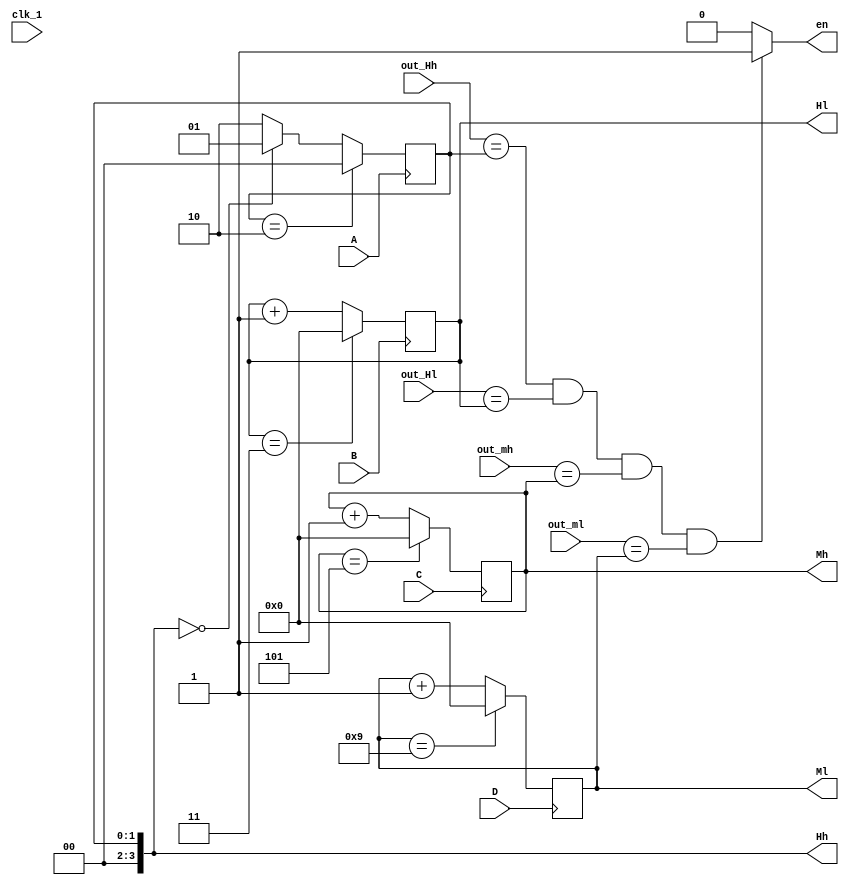
module clock(clk_1,en,out_Hh,out_Hl,out_mh,out_ml,A,B,C,D,Hh,Hl,Mh,Ml);
	input clk_1;
	input[3:0] out_Hh,out_Hl,out_mh,out_ml;
	input A,B,C,D;
	output reg en;
	output[3:0] Hh,Hl,Mh,Ml;
	reg[3:0] Hh=0,Hl=0,Mh=0,Ml=0;
	
	always@(posedge A)
		begin
				if(A)
					begin
						if(Hh==4'b0010)
							Hh<=0;
						else if(Hh==4'b0000)
							Hh<=4'b0001;
						else 
							Hh<=4'b0010;	
					end
		end
		
	always@(posedge B)
	begin
		if(B)
				begin
					if(Hl==4'b0011)
						Hl<=0;
					else
						Hl<=Hl+1'b1;	
				end
	end
	always@(posedge C)
	begin
		if(C)
				begin
					if(Mh==4'b0101)
						Mh<=0;
					else
						Mh<=Mh+1'b1;	
				end
	end
	always@(posedge D)
	begin
		if(D)
				begin
					if(Ml==4'b1001)
						Ml<=0;
					else
						Ml<=Ml+1'b1;	
				end
	end
		
	always@(clk_1)
		begin
			if((out_Hh==Hh)&&(out_Hl==Hl)&&(out_mh==Mh)&&(out_ml==Ml))//
				en<=1;//out1outled
			else 
				en<=0;
		end
		
		
endmodule